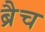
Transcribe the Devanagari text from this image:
ब्रैच